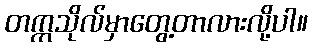
တက္ကသိုလ်မှာတွေ့တာလားလို့ပါ။